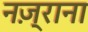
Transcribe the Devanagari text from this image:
नज़्राना